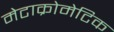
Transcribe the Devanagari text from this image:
मेटाक्रोमेटिक